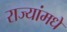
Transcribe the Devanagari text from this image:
राज्यांमधे